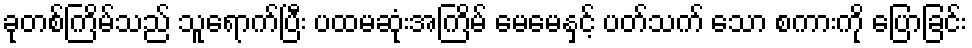
ခုတစ်ကြိမ်သည် သူရောက်ပြီး ပထမဆုံးအကြိမ် မေမေနှင့် ပတ်သက် သော စကားကို ပြောခြင်း